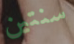
سنتين